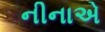
નીનાએ